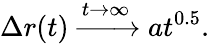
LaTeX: \Delta r(t)\xrightarrow{t\rightarrow\infty}at^{0.5}.